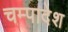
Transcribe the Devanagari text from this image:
चम्पादेश